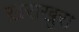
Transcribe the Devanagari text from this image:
ख़राखुरा